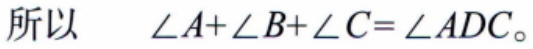
所以 $\angle A+\angle B+\angle C=\angle ADC。$